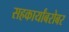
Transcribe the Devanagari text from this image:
सहकार्यांबरोबर